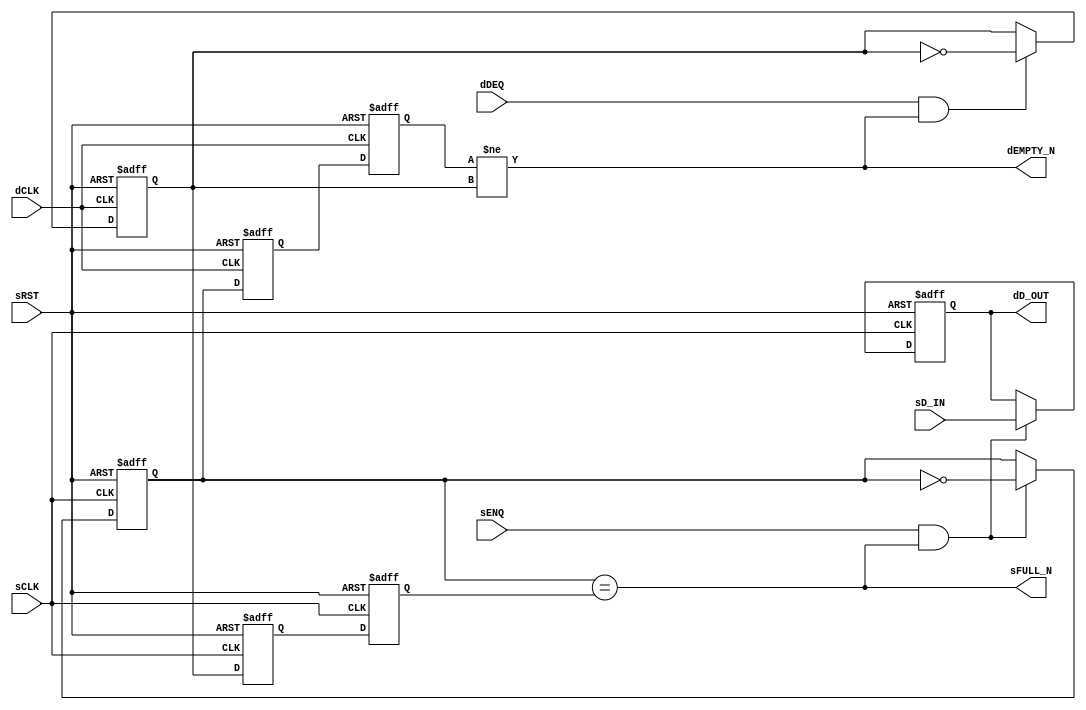

// Copyright (c) 2000-2012 Bluespec, Inc.

// Permission is hereby granted, free of charge, to any person obtaining a copy
// of this software and associated documentation files (the "Software"), to deal
// in the Software without restriction, including without limitation the rights
// to use, copy, modify, merge, publish, distribute, sublicense, and/or sell
// copies of the Software, and to permit persons to whom the Software is
// furnished to do so, subject to the following conditions:

// The above copyright notice and this permission notice shall be included in
// all copies or substantial portions of the Software.

// THE SOFTWARE IS PROVIDED "AS IS", WITHOUT WARRANTY OF ANY KIND, EXPRESS OR
// IMPLIED, INCLUDING BUT NOT LIMITED TO THE WARRANTIES OF MERCHANTABILITY,
// FITNESS FOR A PARTICULAR PURPOSE AND NONINFRINGEMENT. IN NO EVENT SHALL THE
// AUTHORS OR COPYRIGHT HOLDERS BE LIABLE FOR ANY CLAIM, DAMAGES OR OTHER
// LIABILITY, WHETHER IN AN ACTION OF CONTRACT, TORT OR OTHERWISE, ARISING FROM,
// OUT OF OR IN CONNECTION WITH THE SOFTWARE OR THE USE OR OTHER DEALINGS IN
// THE SOFTWARE.
//
// $Revision: 29441 $
// $Date: 2012-08-27 21:58:03 +0000 (Mon, 27 Aug 2012) $

`ifdef BSV_ASSIGNMENT_DELAY
`else
  `define BSV_ASSIGNMENT_DELAY
`endif

`ifdef BSV_POSITIVE_RESET
  `define BSV_RESET_VALUE 1'b1
  `define BSV_RESET_EDGE posedge
`else
  `define BSV_RESET_VALUE 1'b0
  `define BSV_RESET_EDGE negedge
`endif


// A clock synchronization FIFO where the enqueue and dequeue sides are in
// different clock domains.
// The depth of the FIFO is strictly 1 element.   Implementation uses only
// 1 register to minimize hardware
// There are no restrictions w.r.t. clock frequencies
// FULL and EMPTY signal are pessimistic, that is, they are asserted
// immediately when the FIFO becomes FULL or EMPTY, but their deassertion
// is delayed due to synchronization latency.
module SyncFIFO1(
                 sCLK,
                 sRST,
                 dCLK,
                 sENQ,
                 sD_IN,
                 sFULL_N,
                 dDEQ,
                 dD_OUT,
                 dEMPTY_N
                 ) ;

   parameter                 dataWidth = 1 ;

   // input clock domain ports
   input                     sCLK ;
   input                     sRST ;
   input                     sENQ ;
   input [dataWidth -1 : 0]  sD_IN ;
   output                    sFULL_N ;

   // destination clock domain ports
   input                     dCLK ;
   input                     dDEQ ;
   output                    dEMPTY_N ;
   output [dataWidth -1 : 0] dD_OUT ;

   // FIFO DATA
   reg [dataWidth -1 : 0]    syncFIFO1Data ;

   // Reset generation
   wire                      dRST = sRST;

   // sCLK registers
   reg                       sEnqToggle,  sDeqToggle, sSyncReg1;
   // dCLK registers
   reg                       dEnqToggle,  dDeqToggle, dSyncReg1;

   // output assignment
   assign dD_OUT = syncFIFO1Data;
   assign dEMPTY_N = dEnqToggle != dDeqToggle;
   assign sFULL_N  = sEnqToggle == sDeqToggle;

   always @(posedge sCLK or `BSV_RESET_EDGE sRST) begin
      if (sRST == `BSV_RESET_VALUE) begin
         syncFIFO1Data <= `BSV_ASSIGNMENT_DELAY  {dataWidth {1'b0}};
         sEnqToggle    <= `BSV_ASSIGNMENT_DELAY  1'b0;
         sSyncReg1     <= `BSV_ASSIGNMENT_DELAY  1'b0;
         sDeqToggle    <= `BSV_ASSIGNMENT_DELAY  1'b1; // FIFO marked as full during reset
      end
      else begin
         if (sENQ && (sEnqToggle == sDeqToggle)) begin
            syncFIFO1Data <= `BSV_ASSIGNMENT_DELAY sD_IN;
            sEnqToggle    <= `BSV_ASSIGNMENT_DELAY ! sEnqToggle;
         end
         sSyncReg1  <= `BSV_ASSIGNMENT_DELAY dDeqToggle; // clock domain crossing
         sDeqToggle <= `BSV_ASSIGNMENT_DELAY sSyncReg1;
      end
   end

   always @(posedge dCLK or `BSV_RESET_EDGE dRST) begin
      if (dRST == `BSV_RESET_VALUE) begin
         dEnqToggle    <= `BSV_ASSIGNMENT_DELAY  1'b0;
         dSyncReg1     <= `BSV_ASSIGNMENT_DELAY  1'b0;
         dDeqToggle    <= `BSV_ASSIGNMENT_DELAY  1'b0;
      end
      else begin
         if (dDEQ && (dEnqToggle != dDeqToggle)) begin
            dDeqToggle    <= `BSV_ASSIGNMENT_DELAY ! dDeqToggle;
         end
         dSyncReg1  <= `BSV_ASSIGNMENT_DELAY sEnqToggle; // clock domain crossing
         dEnqToggle <= `BSV_ASSIGNMENT_DELAY dSyncReg1;
      end
   end

`ifdef BSV_NO_INITIAL_BLOCKS
`else // not BSV_NO_INITIAL_BLOCKS
   // synopsys translate_off
   initial begin : initBlock
      syncFIFO1Data = {((dataWidth + 1)/2){2'b10}} ;
      sEnqToggle = 1'b0;
      sDeqToggle = 1'b0;
      sSyncReg1 = 1'b0;

      dEnqToggle = 1'b0;
      dDeqToggle = 1'b0;
      dSyncReg1 = 1'b0;
   end
   // synopsys translate_on
`endif // !`ifdef BSV_NO_INITIAL_BLOCKS

   // synopsys translate_off
   always@(posedge sCLK)
     begin: error_checks1
        reg enqerror ;
        enqerror = 0;
        if (sRST == ! `BSV_RESET_VALUE)
          begin
             if ( sENQ && (sEnqToggle != sDeqToggle)) begin
                enqerror = 1;
                $display( "Warning: SyncFIFO1: %m -- Enqueuing to a full fifo" ) ;
             end
          end
     end

   always@(posedge dCLK)
     begin: error_checks2
        reg deqerror ;
        deqerror = 0;
        if (dRST == ! `BSV_RESET_VALUE)
          begin
             if ( dDEQ && (dEnqToggle == dDeqToggle)) begin
                deqerror = 1;
                $display( "Warning: SyncFIFO1: %m -- Dequeuing from an empty full fifo" ) ;
             end
          end
     end // block: error_checks
   // synopsys translate_on

endmodule